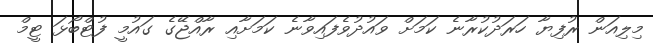
މިލިއަން ރުފިޔާ ހަރަދުކުރާނެ ކަމަށް ވައުދުވެފައިވާނެ ކަމަށާއި ރާއްޖޭގެ ގައުމީ ފުޓްބޯޅަ ޓީމް